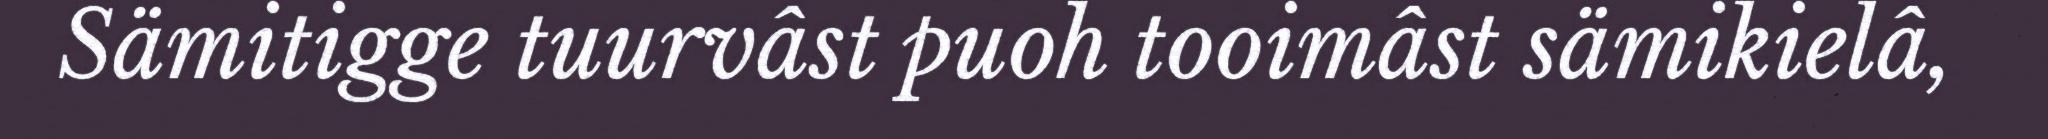
Sämitigge tuurvâst puoh tooimâst sämikielâ,